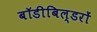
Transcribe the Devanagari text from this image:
बॉडीबिल्डरों